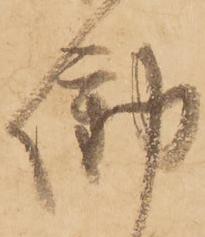
働